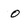
Character: 0